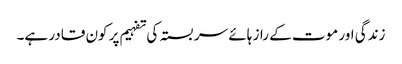
زندگی اور موت کے راز ہائے سربستہ کی تفہیم پر کون قادر ہے۔